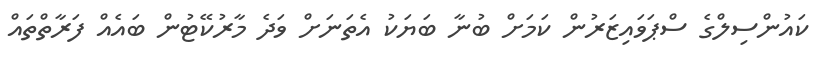
ކައުންސިލްގެ ސްޕަވައިޒަރުން ކަމަށް ބުނާ ބަޔަކު އެތަނަށް ވަދެ މާރުކޭޓުން ބައެއް ފަރާތްތައް